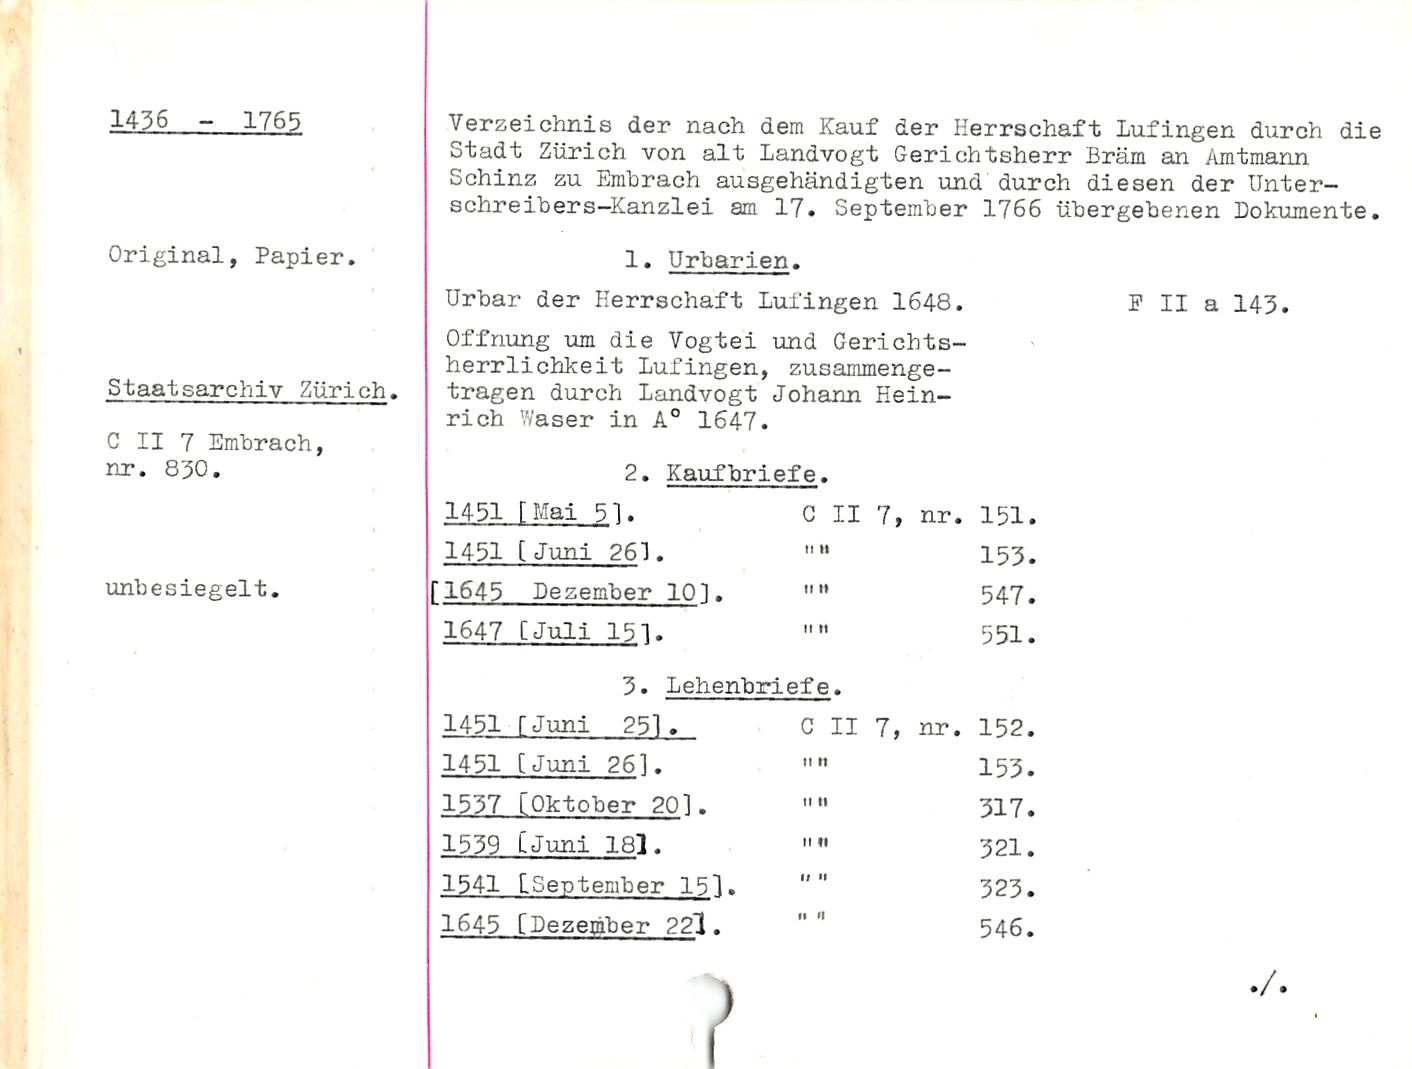
1436 - 1765

Original, Papier.

Staatsarchiv Zürich.

C II 7 Emhrach,
nr. 830.

unbesiegelt.

Verzeichnis der nach dem Kauf der Herrschaft Lufingen durch die
Stadt Zürich von alt Landvogt Gerichtsherr Bräm an Amtmann
Schinz zu Emhrach ausgehändigten und durch diesen der Unter-
schreibers-Kanzlei am 17. September 1766 übergebenen Dokumente.

1. Urbarien.

Urbar der Herrschaft Lufingen 1648. P II a 143.

Öffnung um die Vogtei und Gerichts¬
herrlichkeit Lufingen, zusammenge¬
tragen durch Landvogt Johann Hein¬
rich VVaser in A° 1647.

2. Kaufbriefe.